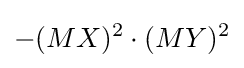
{-(MX)^{2}\cdot (MY)^{2}}